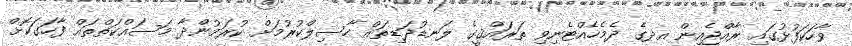
ވާހަކަފުޅުގައި ރާއްޖެއިން އދގެ ދެމެހެއްޓެނިވި ތަރައްޤީގެ ލަނޑުދަޑިތައް ހާސިލްކުރުމަށް ކުރަމުންދާ މަސައްކަތްތައް ފާހަގަކޮށް